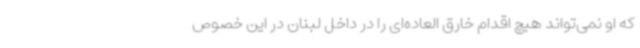
که او نمی‌تواند هیچ اقدام خارق العاده‌ای را در داخل لبنان در این خصوص